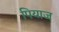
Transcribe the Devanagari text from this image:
पियाज